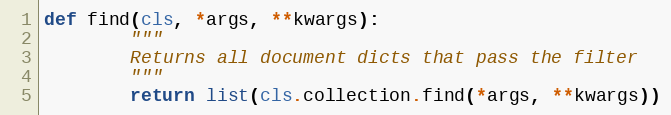
Language: Python
def find(cls, *args, **kwargs):
        """
        Returns all document dicts that pass the filter
        """
        return list(cls.collection.find(*args, **kwargs))